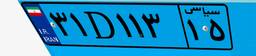
۰۹D۴۱۹۵۵